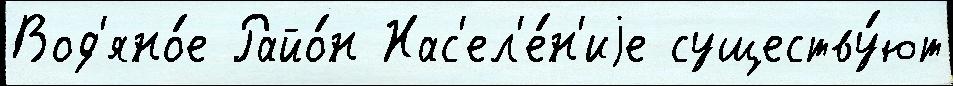
Вод'яно́е Райо́н Нас'ел'е́н'иjе существу́ют